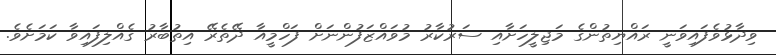
ވިދާޅުވެފައިވަނީ ރައްޔިތުންގެ މަޖިލީހަށާއި ސަރުކާރު މުވައްޒަފުންނަށް ފަހްމީއާ ދޭތެރޭ އިތުބާރު ގެއްލިފައިވާ ކަމަށެވެ.